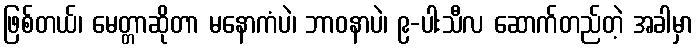
ဖြစ်တယ်၊ မေတ္တာဆိုတာ မနောကံပဲ၊ ဘာဝနာပဲ၊ ၉-ပါးသီလ ဆောက်တည်တဲ့ အခါမှာ